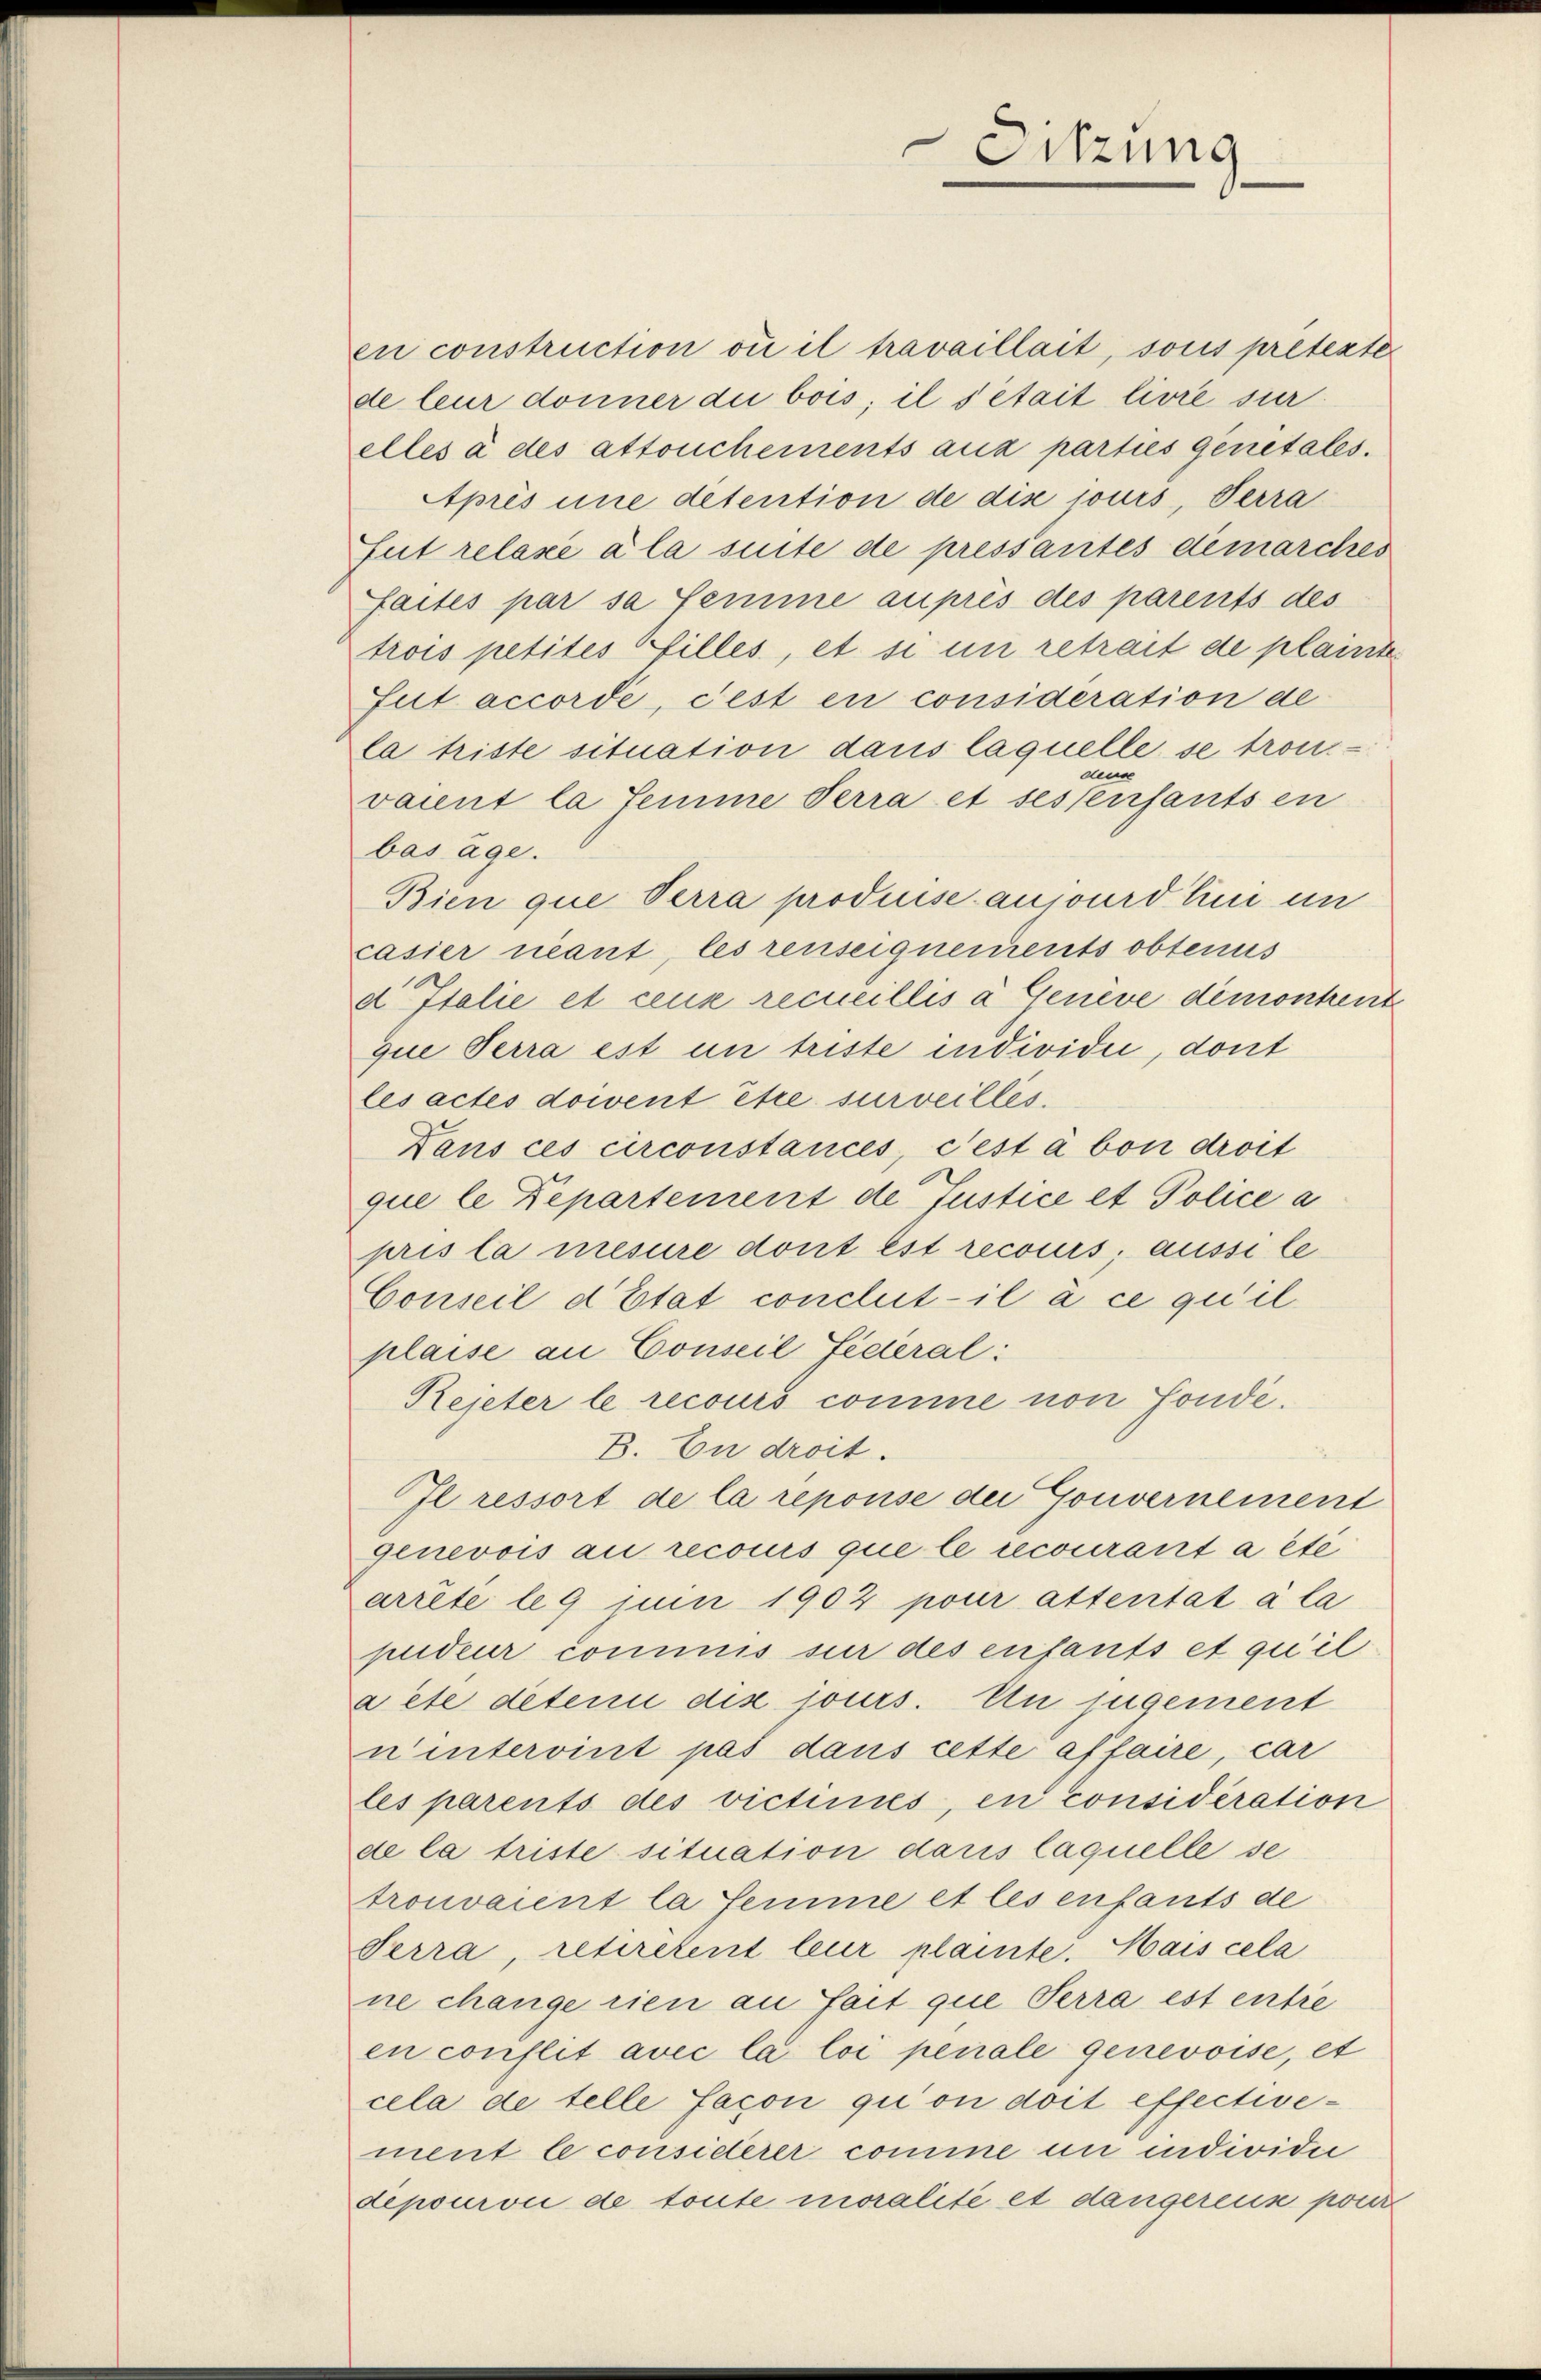
Sitzung

en construction ou il travaillait, sous pretente
de leur donner die bois; il s’était livre surelles à des attouchements aux parties genetales.
Après une detention de dis jours, Terra
fut relase à la suite de pressantes demarches
faites par sa femme auprès des parents des
trois petites illes, et si in retrait de plainte
fut accordé, Fest en consideration de
la triste situation dans laquelle se trondende
vaient la femme Terra et sessenfants en
bas age.
Bien que Terra produise ansourdlin un
casier nant, les renseignements obtenus
d Italie et ceux recueillis à Genève demontrent
que Terra est un triste individii, dont
lesactes docent être surveilles.
Dans ces circonstancés, c’est à bon droit
que le Departement de Justice et Police a
pris la mesure dont est recours, aussi le
Conseil d’Etat conclut-il à ce qu’il
plaise an Conseil fédéral:
Rejeter le recours comme von Fonde.
B. En droit.
Il ressort de la reponse der Gouvernement
genevois au recocus que le recourant a été
arrte leg um 1902 pour attentat à la
pudeur cominis sur des enfants et qu’il
aete deten dis jours. Un jugement
ninteroint pas dans cette affaire, car
les parents des victimes, en considération
de la triste situation dans laquelle se
trouvaient la femme et les enfants de
Terra, retiretent leur plainte. Mais cela
ne change rien an fait que Terra est entie
en conflit avec la loi penale genevoise, et
cela de telle façon qui ou doit effectivement le consisterer comme in individii
depourvu de toute moralité et dangereis pour